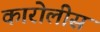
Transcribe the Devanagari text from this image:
कारोलीस